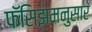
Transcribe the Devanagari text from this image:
फॅसिझमनुसार